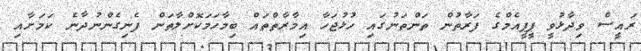
ރައީސް ވިދާޅުވީ ޕީޕީއެމްގެ ފަރާތުން ތަންތަނުގައި ހުޅުޖަހާ އިމާރާތްތައް ބިމާހަަމަކޮށްލާތަން ފެނިގެންނުދާނެ ކަމަށާއި